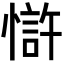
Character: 𢠇